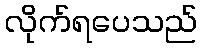
လိုက်ရပေသည်